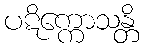
ပဋိက္ကောသန္တိ